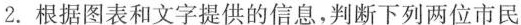
2.根据图表和文字提供的信息，判断下列两位市民